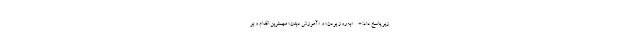
زیر پاسخ داد: * - «به‌روز بودن» و «آموزش دیدن» مهمترین اقدام و بر